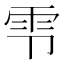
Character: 𫕝